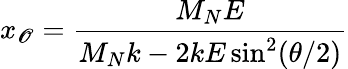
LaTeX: x_{\mathscr{O}}=\frac{{M_{N}E}}{{M_{N}k-2kE\sin^{2}(\theta/2)}}